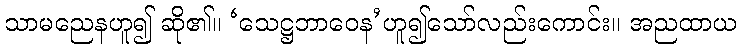
သာမညေနဟူ၍ ဆို၏။ ‘သေဋ္ဌဘာဝေန’ဟူ၍သော်လည်းကောင်း။ အညထာယ